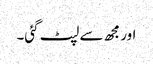
اور مجھ سے لپٹ گئی۔